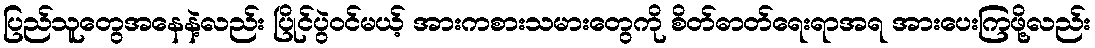
ပြည်သူတွေအနေနဲ့လည်း ပြိုင်ပွဲဝင်မယ့် အားကစားသမားတွေကို စိတ်ဓာတ်ရေးရာအရ အားပေးကြဖို့လည်း